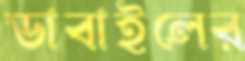
ডাবাইলের